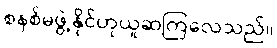
စနစ်မဖွဲ့နိုင်ဟုယူဆကြလေသည်။